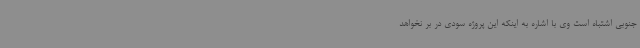
جنوبی اشتباه است وی با اشاره به اینکه این پروژه سودی در بر نخواهد